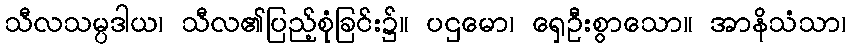
သီလသမ္ပဒါယ၊ သီလ၏ပြည့်စုံခြင်း၌။ ပဌမော၊ ရှေဦးစွာသော။ အာနိသံသာ၊